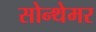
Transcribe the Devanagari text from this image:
सोन्थेमर